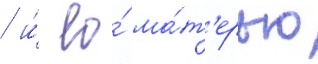
/ и́ ео́ ма́т'ерью